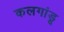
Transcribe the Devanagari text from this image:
कलगांडू